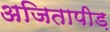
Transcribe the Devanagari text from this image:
अजितापीड़